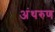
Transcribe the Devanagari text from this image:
अंथरुण